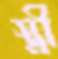
স্ত্রী